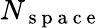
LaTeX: N_{\mathrm{~s~p~a~c~e~}}